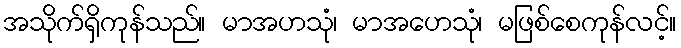
အသိုက်ရှိကုန်သည်။ မာအဟသုံ၊ မာအဟေသုံ၊ မဖြစ်စေကုန်လင့်။